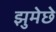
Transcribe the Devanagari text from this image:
झुमेछे